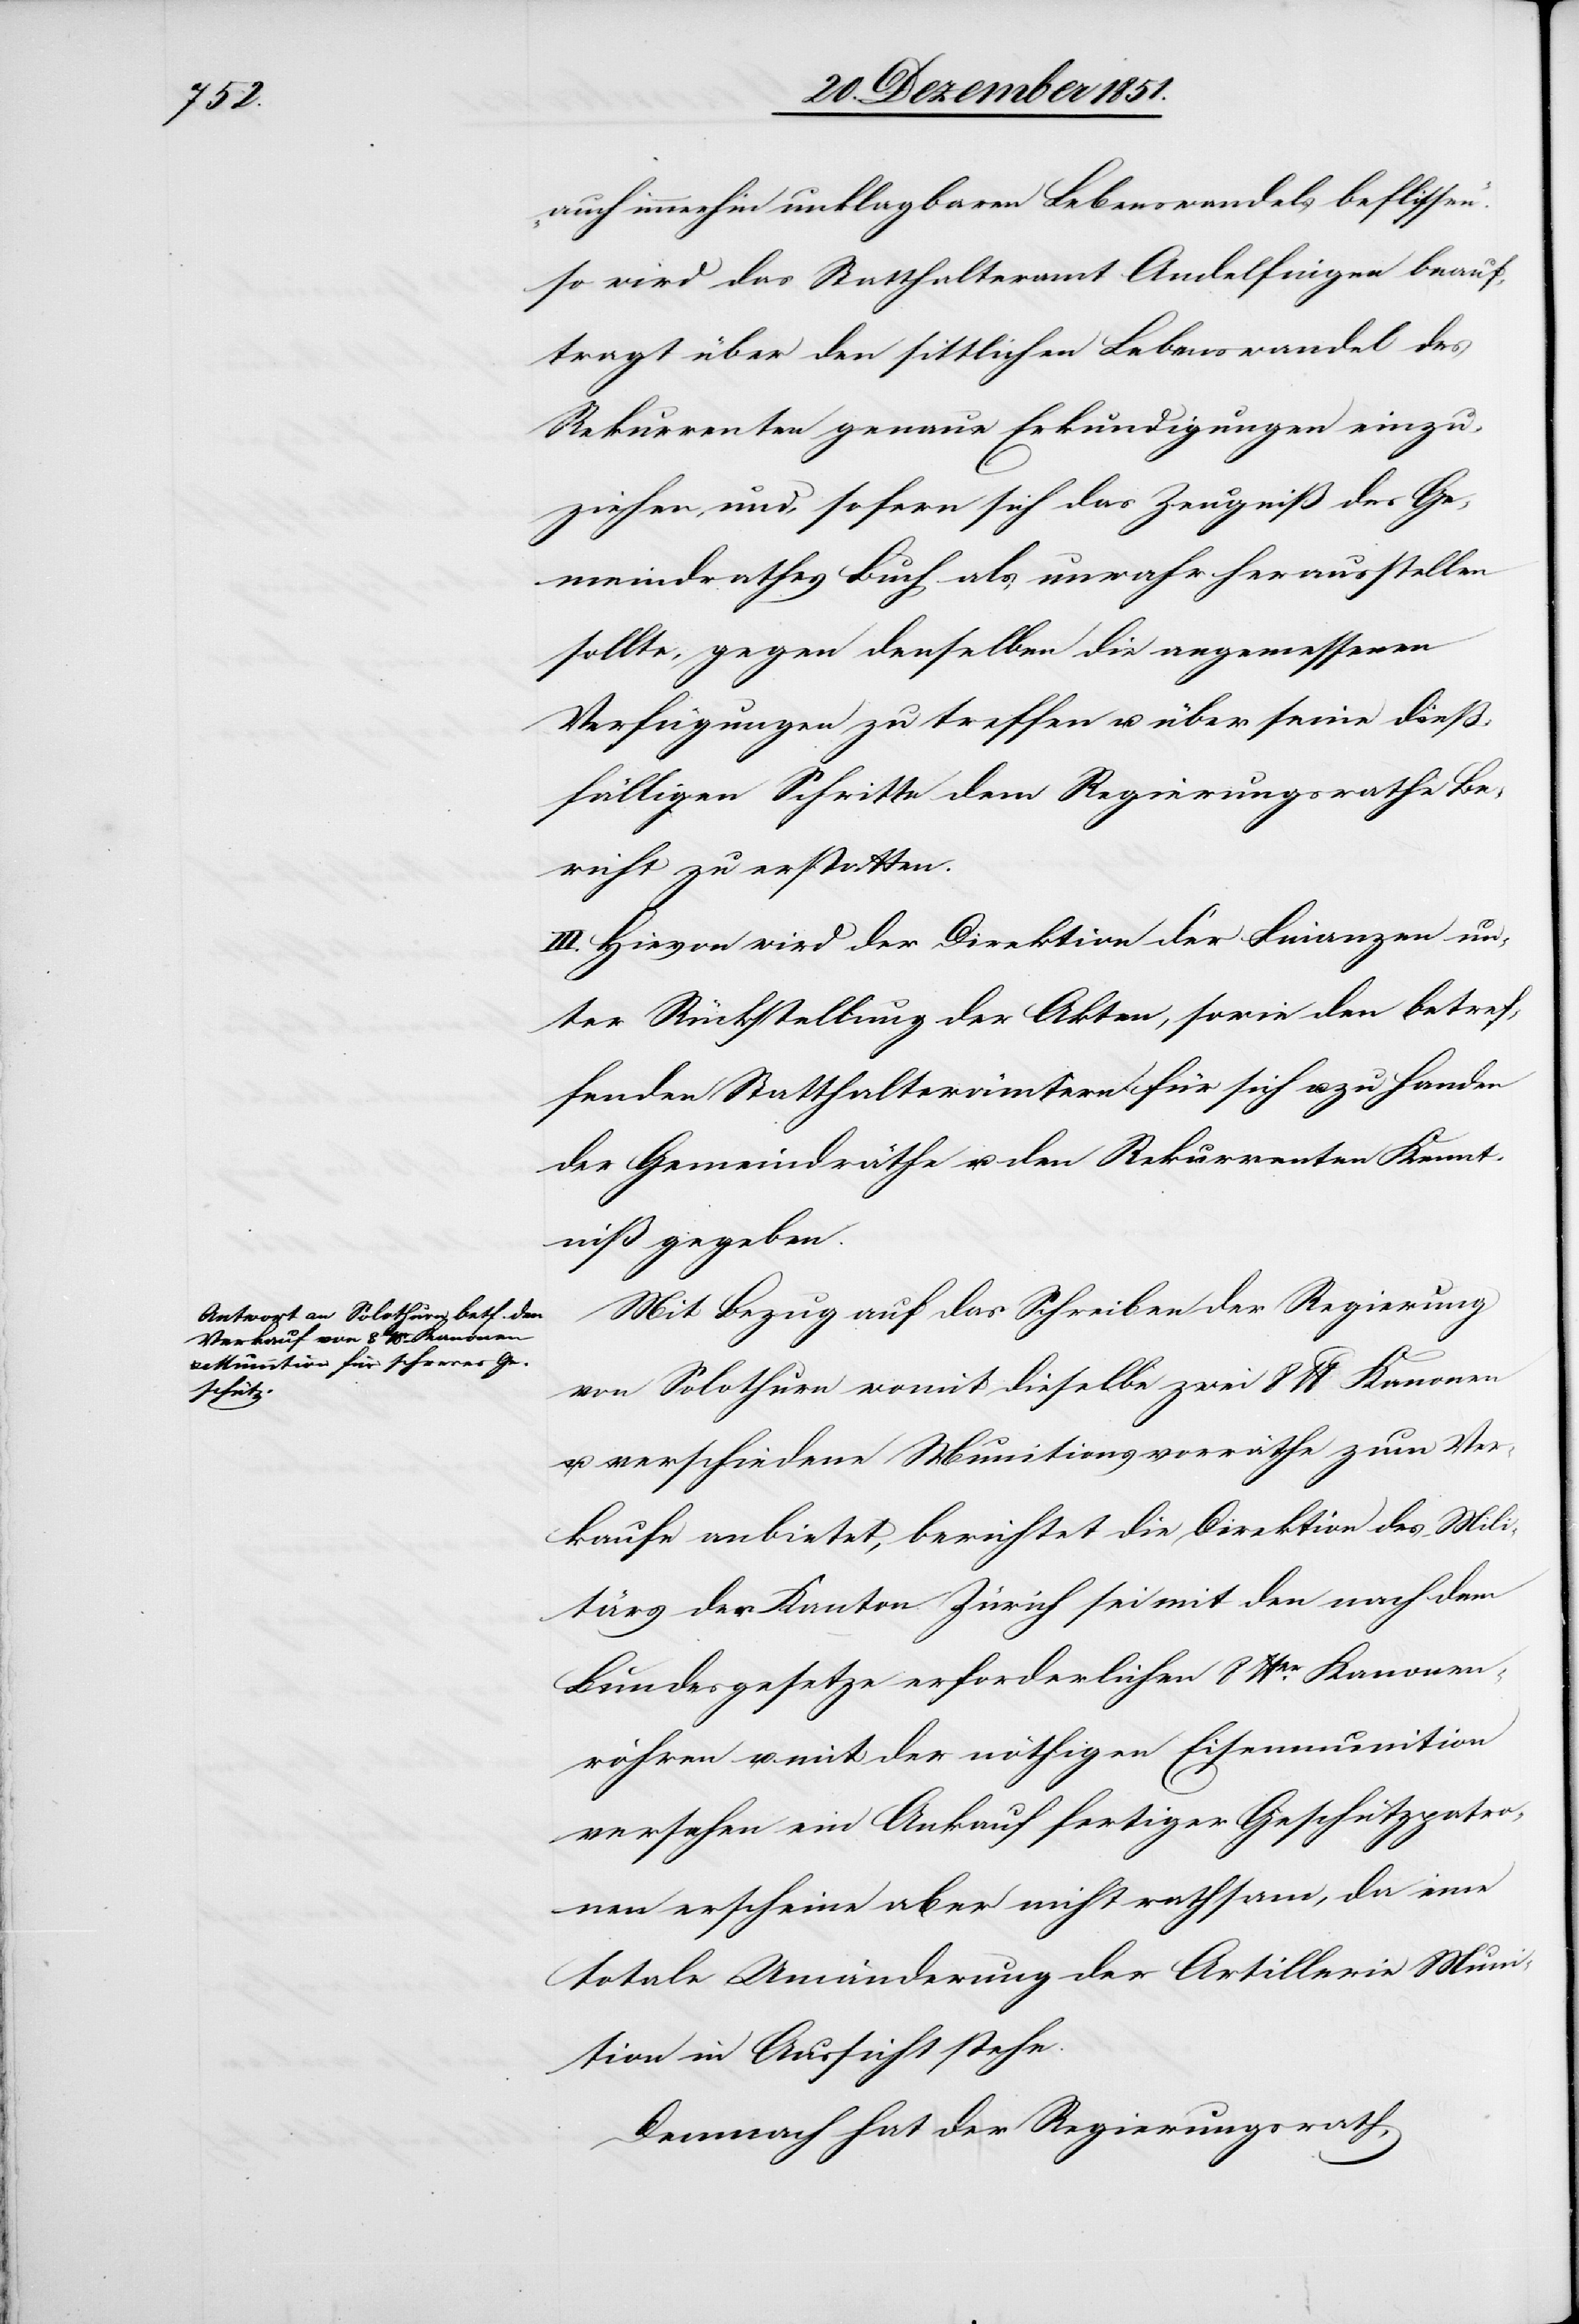
immerhin

[sic!] unklagbaren Lebenswandels beflissen.“
so wird das Statthalteramt Andelfingen beauf¬
tragt über den sittlichen Lebenswandel des
Rekurrenten genaue Erkundigungen einzu¬
ziehen, und, sofern sich das Zeugniß des Ge¬
meindrathes Buch als unwahr herausstellen
sollte, gegen denselben die angemessenen
Verfügungen zu treffen u. über seine dieß¬
fälligen Schritte dem Regierungsrathe Be¬
richt zu erstatten.
III. Hievon wird der Direktion der Finanzen un¬
ter Rückstellung der Akten, sowie den betref¬
fenden Statthalterämtern für sich u. zu Handen
der Gemeindräthe u. den Rekurrenten Kennt¬
niß gegeben.
Mit Bezug auf das Schreiben der Regierung
von Solothurn womit dieselbe zwei 8 lb Kanonen
u. verschiedene Munitionsvorräthe zum Ver¬
kaufe anbietet, berichtet die Direktion des Mili¬
tärs der Kanton Zürich sei mit den nach dem
Bundesgesetze erforderlichen 8 lber. Kanonen¬
röhren u. mit der nöthigen Eisenmunition
versehen ein Ankauf fertiger Geschützpatro¬
nen erscheine aber nicht rathsam, da eine
totale Umänderung der Artillerie Mun¬
ition in Aussicht stehe.
Demnach hat der Regierungsrath,